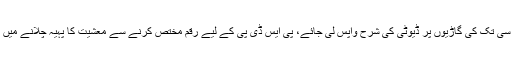
تاہم ہزار سی سی تک کی گاڑیوں پر ڈیوٹی کی شرح واپس لی جائے، پی ایس ڈی پی کے لیے رقم مختص کرنے سے معشیت کا پہیہ چلانے میں مدد ملے گی۔